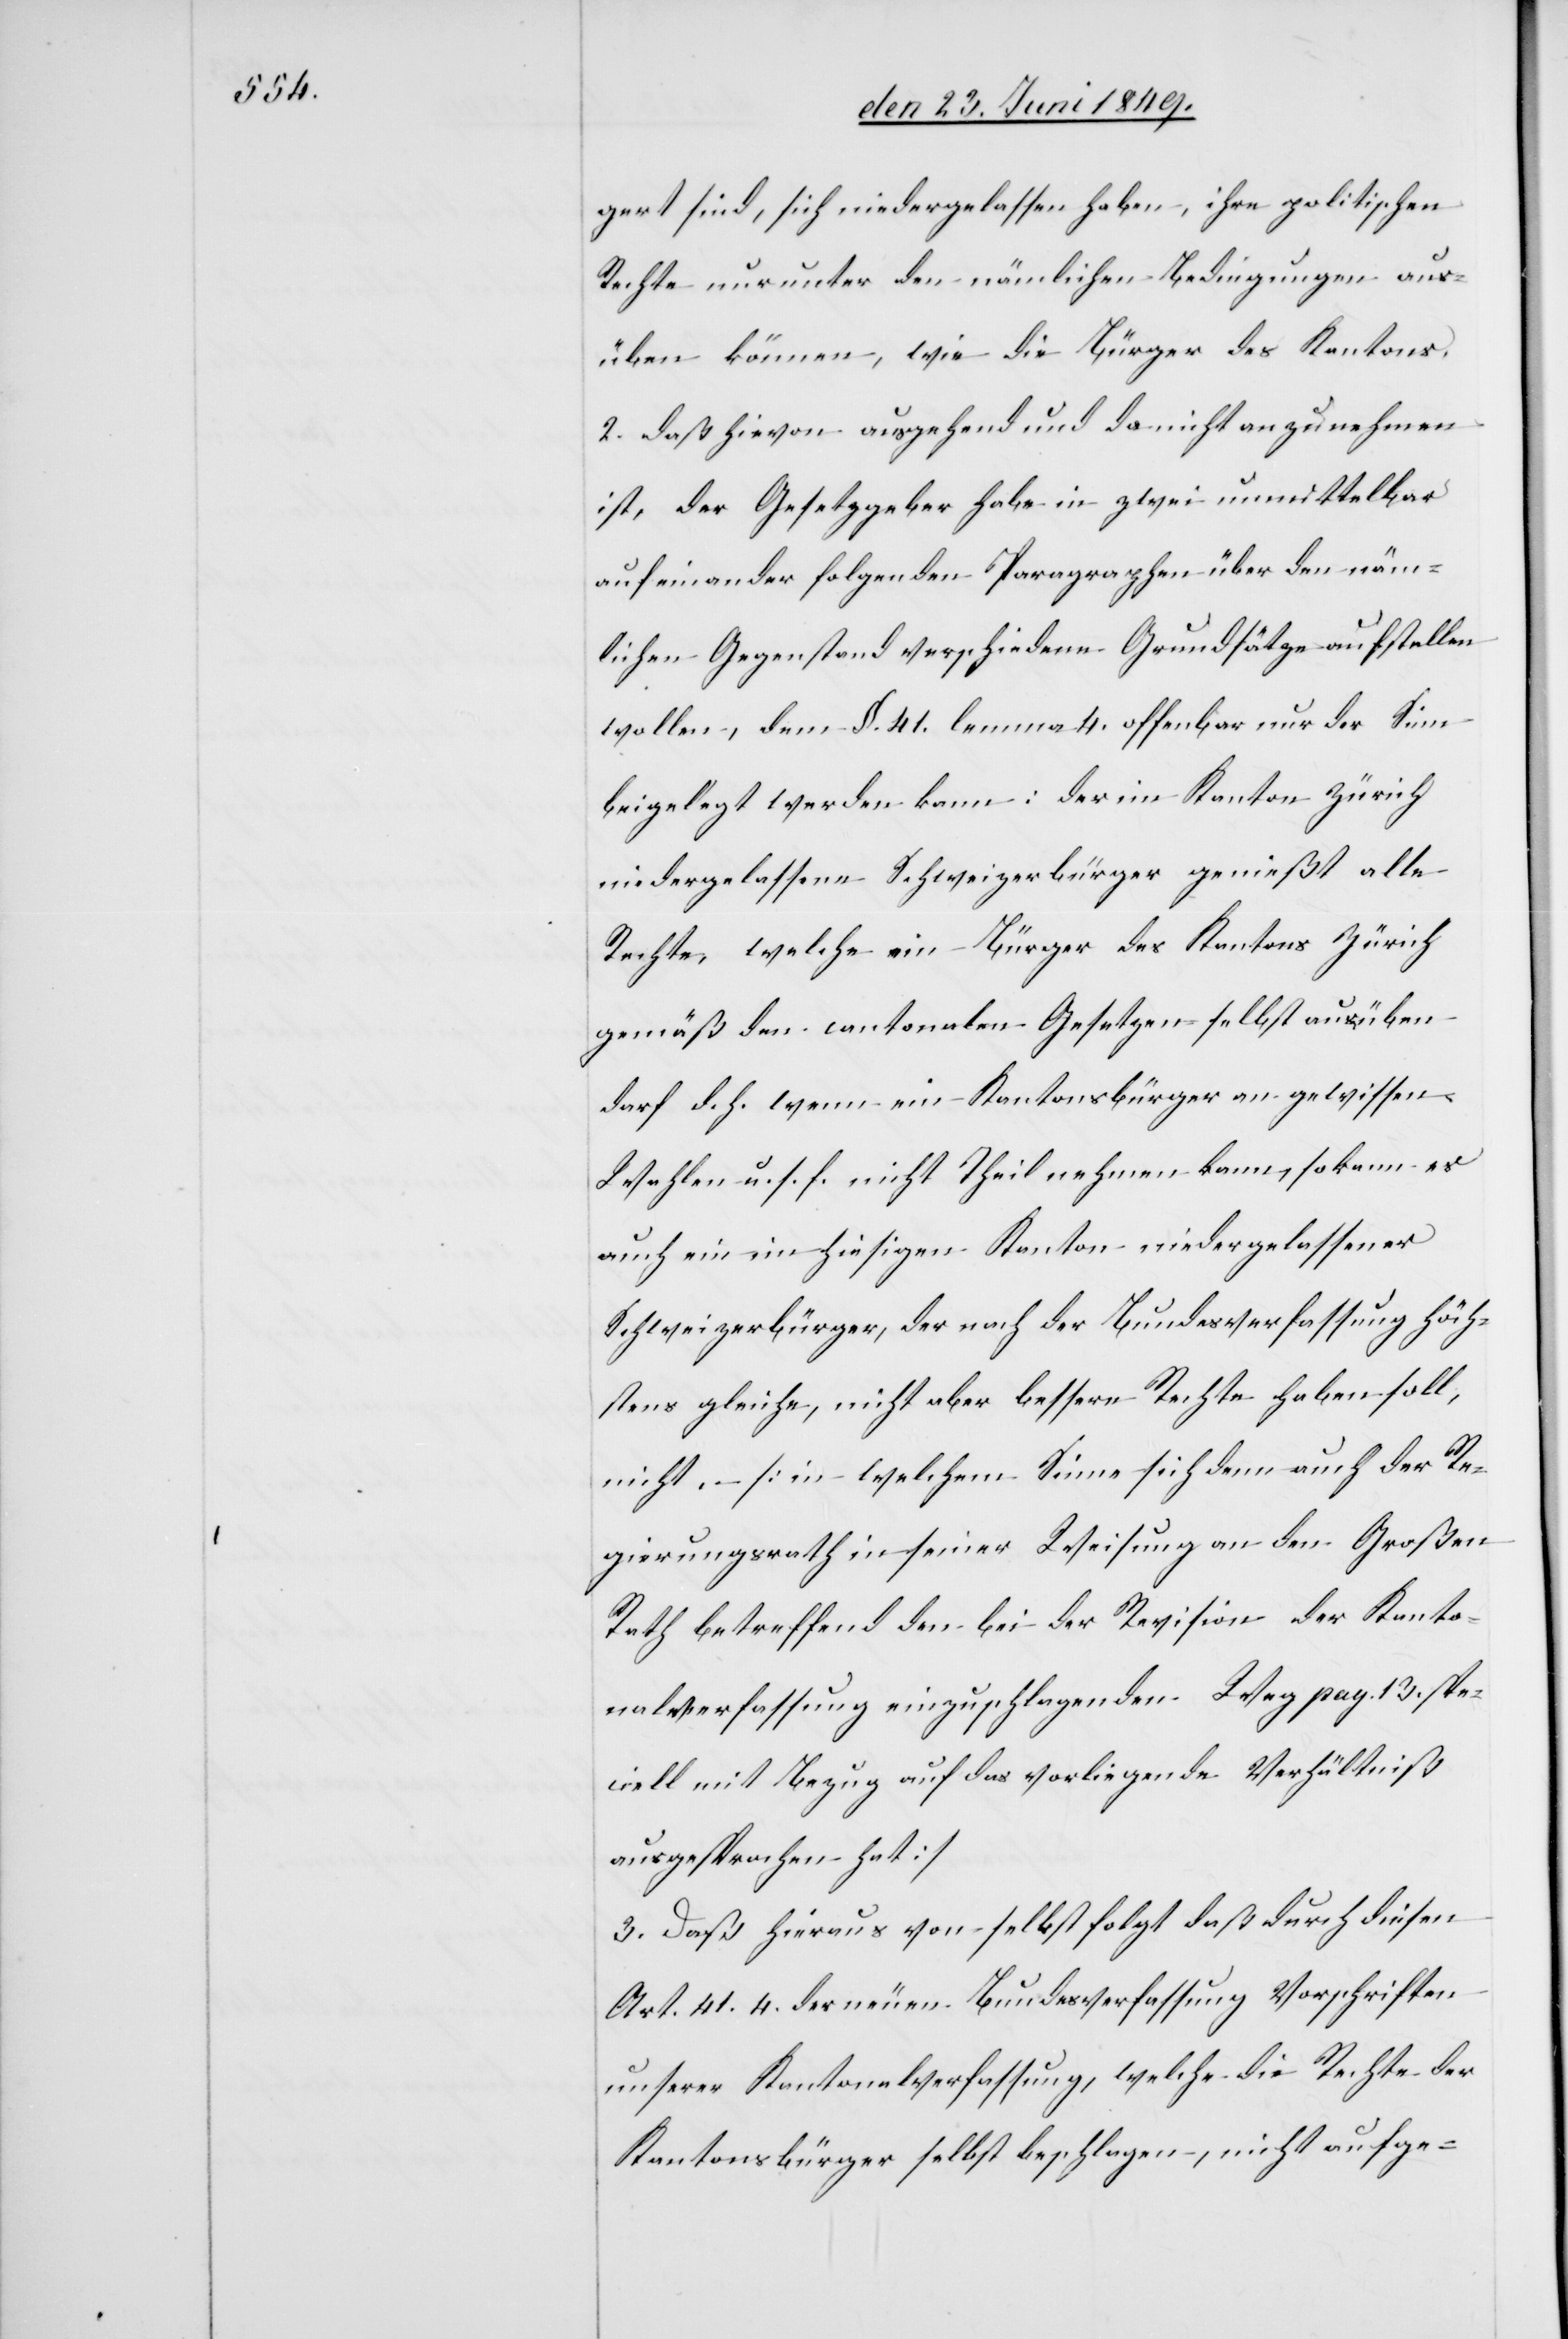
gert sind, sich niedergelassen haben, ihre politischen
Rechte nur unter den nämlichen Bedingungen aus¬
üben können, wie die Bürger des Kantons.
2. daß hievon ausgehend und da nicht anzunehmen
ist, der Gesetzgeber habe in zwei unmittelbar
auf einander folgenden Paragraphen über den näm¬
lichen Gegenstand verschiedene Grundsätze aufstellen
wollen, dem §. 41. lemma 4. offenbar nur der Sinn
beigelegt werden kann: der im Kanton Zürich
niedergelassene Schweizerbürger genießt alle
Rechte, welche ein Bürger des Kantons Zürich
gemäß den cantonalen Gesetzen selbst ausüben
darf d. h. wenn ein Kantonsbürger an gewissen
Wahlen u. s. f. nicht Theil nehmen kann, so kann es
auch ein im hiesigen Kanton niedergelassener
Schweizerbürger, der nach der Bundesverfassung höch¬
stens gleiche, nicht aber bessere Rechte haben soll,
nicht [in welchem Sinne sich denn auch der Re¬
gierungsrath in seiner Revision der Kant¬
onalverfassung einzuschlagenden Weg pag. 13. spe¬
ciell mit Bezug auf das vorliegende Verhältniß
ausgesprochen hat]
3. Daß hieraus von selbst folgt daß durch diesen
Art. 41.4. der neuen Bundesverfassung Vorschriften
unserer Kantonalverfassung, welche die Rechte der
Kantonsbürger selbst beschlagen, nicht aufge-